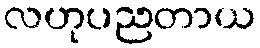
လဟုပညတာယ